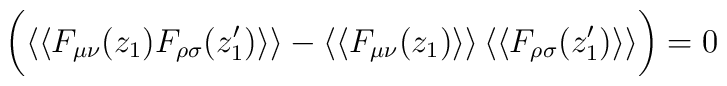
\bigg( \langle\langle F_{\mu\nu}(z_1) F_{\rho\sigma}(z_1')\rangle\rangle - \langle\langle F_{\mu\nu}(z_1) \rangle\rangle \,\langle\langle F_{\rho\sigma}(z_1') \rangle\rangle \bigg)=0